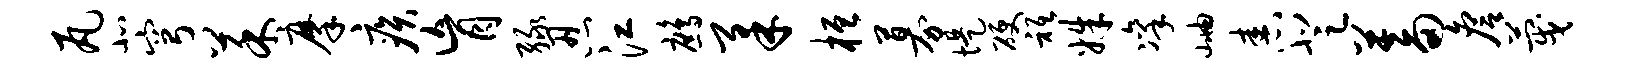
瓦北穹菜摩疾肓绿忍江鹧柔桓募堤硬只姝凛岫舂登蓄詹蔑